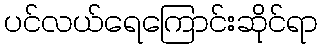
ပင်လယ်ရေကြောင်းဆိုင်ရာ